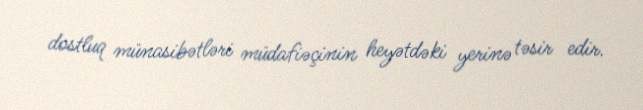
dostluq münasibətləri müdafiəçinin heyətdəki yerinə təsir edir.